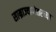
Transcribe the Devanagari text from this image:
साम्राज्यानंतरच्या